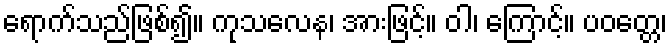
ရောက်သည်ဖြစ်၍။ ကုသလေန၊ အားဖြင့်။ ဝါ၊ ကြောင့်။ ပဝတ္တေ၊